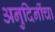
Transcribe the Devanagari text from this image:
अनुदिनींचा